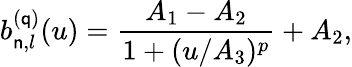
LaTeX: b_{\mathsf{n},l}^{(\mathsf{q})}(u)=\frac{{A_{1}-A_{2}}}{{1+(u/A_{3})^{p}}}+A_{2},